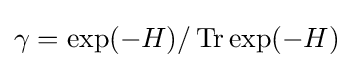
\gamma =\exp(-H)/\operatorname {Tr} \exp(-H)